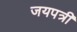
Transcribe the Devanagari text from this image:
जयपत्री